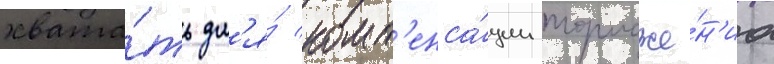
хвата́ть дл'я́ комп'енса́ции торможе́н'иа